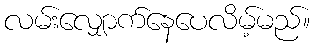
လမ်းလျှောက်နေပေလိမ့်မည်။